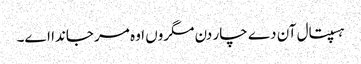
ہسپتال آن دے چار دن مگروں اوہ مر جاندا اے۔